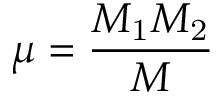
\mu = \frac { M _ { \mathrm { 1 } } M _ { \mathrm { 2 } } } { M }